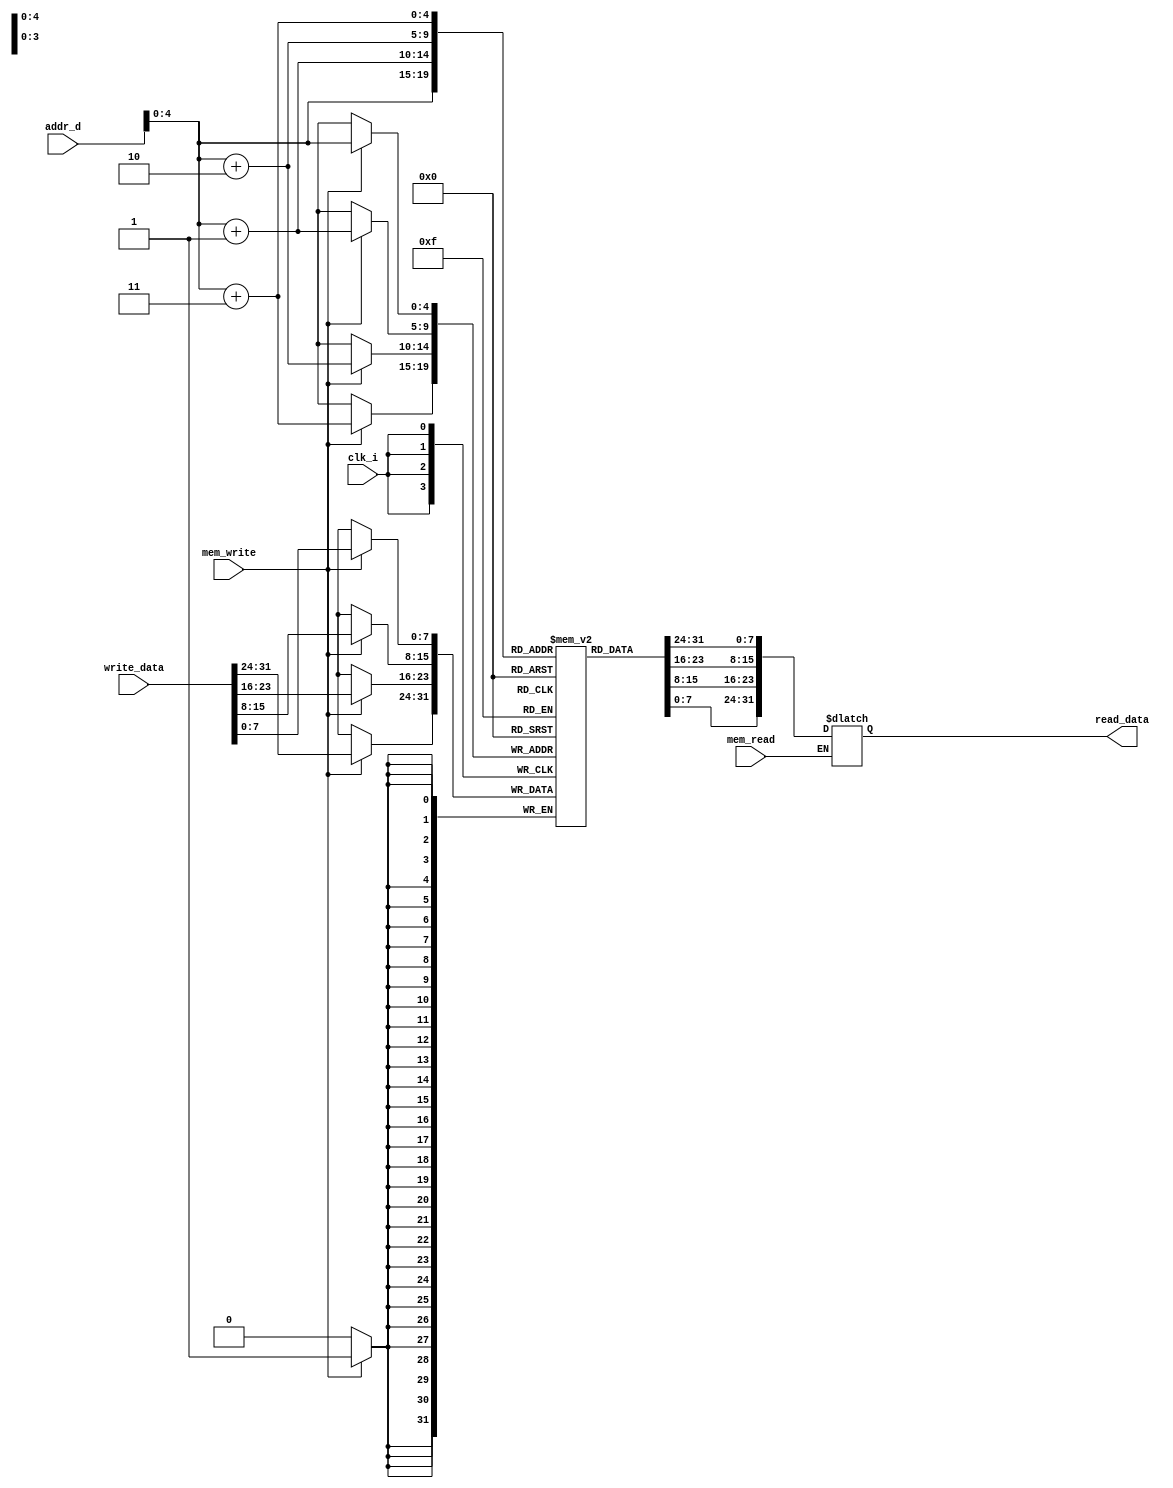
module Data_Memory
(
    clk_i,
    addr_d,
    write_data,
    read_data,
    mem_read,
    mem_write
);
input clk_i;
input [31:0] addr_d;
input [31:0] write_data;
output [31:0] read_data;
input mem_read, mem_write;

reg [31:0] data;
// total 32: 8bit reg
reg [7:0] memory  [31:0];
assign read_data = data;
always@(posedge clk_i) begin
    if(mem_write==1) begin
        memory[addr_d] <= write_data[7:0];
        memory[addr_d+1] <= write_data[15:8];
        memory[addr_d+2] <= write_data[23:16];
        memory[addr_d+3] <= write_data[31:24];
    end
end
always@(addr_d or mem_read ) begin
    if(mem_read==1) begin
        data[7:0] = memory[addr_d];
        data[15:8] = memory[addr_d+1];
        data[23:16] = memory[addr_d+2];
        data[31:24] = memory[addr_d+3];
    end    
end

endmodule